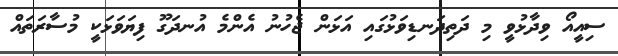
ސިއީއޯ ވިދާޅުވީ މި ދަތިދަނޑިވަޅުގައި އަޅަން ޖެހުނު އެންމެ އުނދަގޫ ފިޔަވަޅަކީ މުސާރަތައް